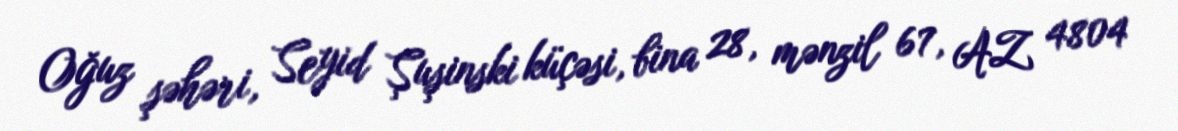
Oğuz şəhəri, Seyid Şuşinski küçəsi, bina 28, mənzil 67, AZ 4804